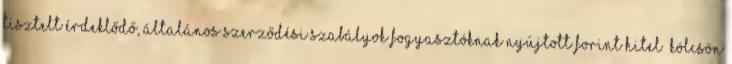
Tisztelt Érdeklődő, Általános Szerződési Szabályok Fogyasztóknak nyújtott forint hitel kölcsön